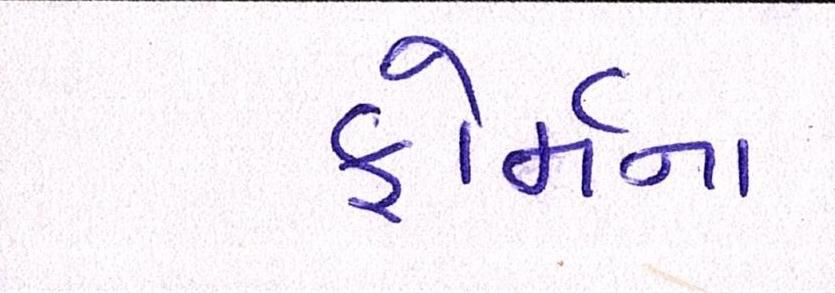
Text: ફોર્મના